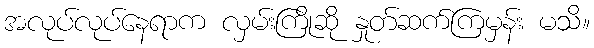
အလုပ်လုပ်နေရာက လှမ်းကြိုဆို နှုတ်ဆက်ကြမှန်း မသိ။